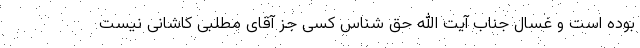
بوده است و غسال جناب آیت الله حق شناس کسی جز آقای مطلبی کاشانی نیست